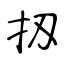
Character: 扨